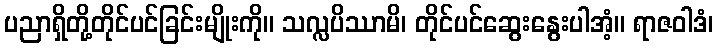
ပညာရှိတို့တိုင်ပင်ခြင်းမျိုးကို။ သလ္လပိဿာမိ၊ တိုင်ပင်ဆွေးနွေးပါအံ့။ ရာဇဝါဒံ၊